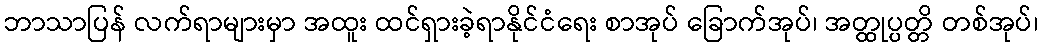
ဘာသာပြန် လက်ရာများမှာ အထူး ထင်ရှားခဲ့ရာနိုင်ငံရေး စာအုပ် ခြောက်အုပ်၊ အတ္ထုပ္ပတ္တိ တစ်အုပ်၊